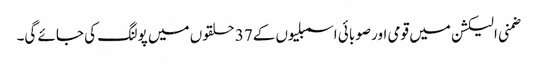
ضمنی الیکشن میں قومی اور صوبائی اسمبلیوں کے37 حلقوں میں پولنگ کی جائے گی۔